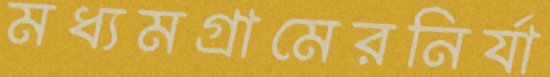
মধ্যমগ্রামেরনির্যা